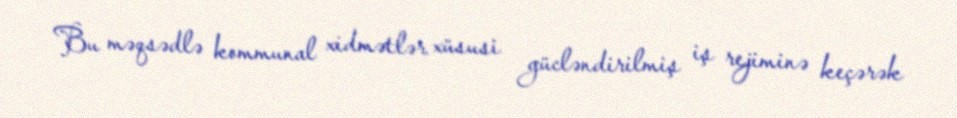
Bu məqsədlə kommunal xidmətlər xüsusi gücləndirilmiş iş rejiminə keçərək